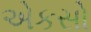
એકસો